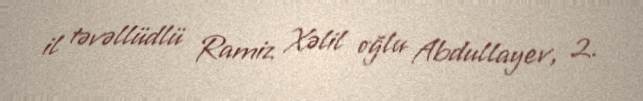
il təvəllüdlü Ramiz Xəlil oğlu Abdullayev, 2.